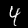
Digit: 4